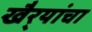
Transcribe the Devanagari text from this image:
खैर्‍यांचा